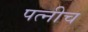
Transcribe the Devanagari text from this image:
पत्नीच